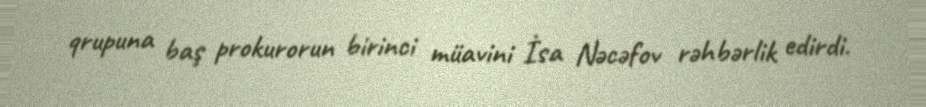
qrupuna baş prokurorun birinci müavini İsa Nəcəfov rəhbərlik edirdi.